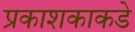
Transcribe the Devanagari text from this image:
प्रकाशकाकडे